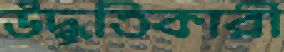
উদ্ধৃতিকারী